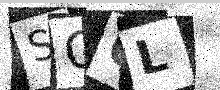
Text: SQ6L